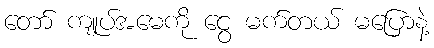
တော် ကျုပ်အမေကို ငွေ မက်တယ် မပြောနဲ့